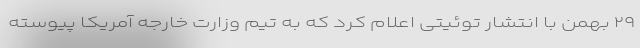
۲۹ بهمن با انتشار توئیتی اعلام کرد که به تیم وزارت خارجه آمریکا پیوسته